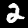
Label: 2